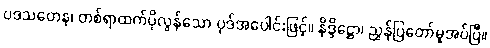
ပဒသတေန၊ တစ်ရာထက်ပိုလွန်သော ပုဒ်အပေါင်းဖြင့်။ နိဒ္ဒိဋ္ဌော၊ ညွှန်ပြတော်မူအပ်ပြီ။